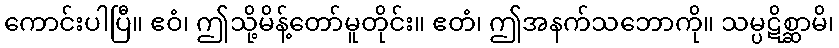
ကောင်းပါပြီ။ ဧဝံ၊ ဤသို့မိန့်တော်မူတိုင်း။ ဧတံ၊ ဤအနက်သဘောကို။ သမ္ပဋိစ္ဆာမိ၊